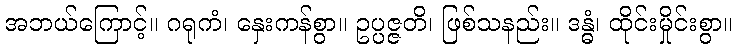
အဘယ်ကြောင့်။ ဂရုကံ၊ နှေးကန်စွာ။ ဥပ္ပဇ္ဇတိ၊ ဖြစ်သနည်း။ ဒန္ဓံ၊ ထိုင်းမှိုင်းစွာ။